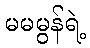
မမမွန်ရဲ့